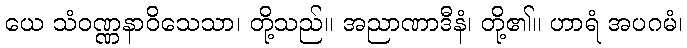
ယေ သံဝဏ္ဏနာဝိသေသာ၊ တို့သည်။ အညာဏာဒီနံ၊ တို့၏။ ဟာရံ အပဂမံ၊